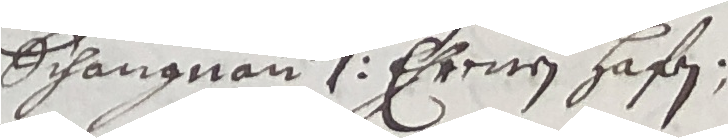
Schangnan 1 erenen hafen.